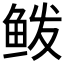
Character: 𱇣